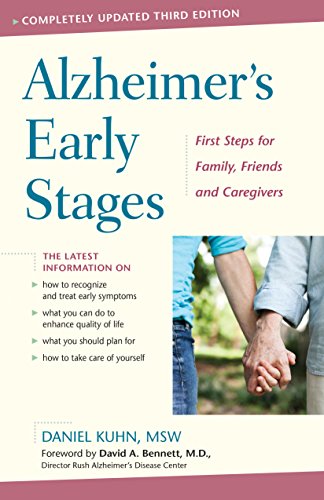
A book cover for Alzheimer's Early Stages: First Steps for Family, Friends, and Caregivers; Daniel Kuhn; Health, Fitness & Dieting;